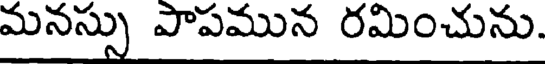
మనస్సు పాపమున రమించును.